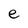
Character: e